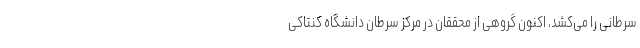
سرطانی را می‌کشد، اکنون گروهی از محققان در مرکز سرطان دانشگاه کنتاکی